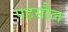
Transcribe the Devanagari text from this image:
पहसौल